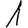
Digit: 1